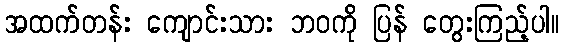
အထက်တန်း ကျောင်းသား ဘဝကို ပြန် တွေးကြည့်ပါ။